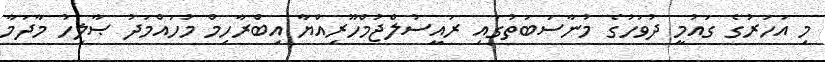
މި އަހަރުގެ ގައުމީ ދުވަހުގެ މުނާސަބަތުގައި ރައީސުލްޖުމްހޫރިއްޔާ އިބްރާހިމް މުހައްމަދު ޞާލިހު މާދަމާ